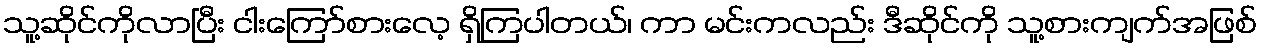
သူ့ဆိုင်ကိုလာပြီး ငါးကြော်စားလေ့ ရှိကြပါတယ်၊ ကာ မင်းကလည်း ဒီဆိုင်ကို သူ့စားကျက်အဖြစ်